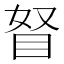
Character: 𥅄